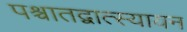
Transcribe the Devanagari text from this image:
पश्चातद्वात्स्यायन